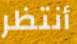
أنتظر